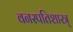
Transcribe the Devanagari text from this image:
वनस्पतिशास्त्र्